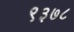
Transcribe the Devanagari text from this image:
९३७८